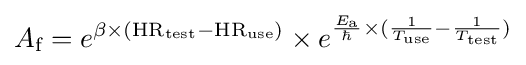
\displaystyle A_{\text{f}}=e^{\beta \times ({\text{HR}}_{\text{test}}-{\text{HR}}_{\text{use}})}\times e^{{\frac {E_{\text{a}}}{\hbar }}\times ({\frac {1}{T_{\text{use}}}}-{\frac {1}{T_{\text{test}}}})}